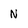
Character: N